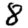
Digit: 8